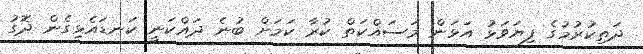
ދަތިކުރުމުގެ ފިޔަވަޅު އަޅަން މަސައްކަތް ކުރާ ކަމަށް ބުނެ ދައްކަނީ ކަނޑައެޅިގެން ދޮގު